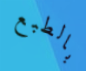
بالطبع